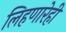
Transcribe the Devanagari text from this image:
लिहणारेही